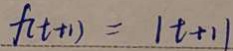
f ( t + 1 ) = \vert t + 1 \vert